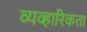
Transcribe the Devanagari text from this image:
व्यव्हारिकता